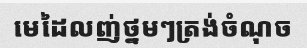
មេដៃលញ់ថ្នមៗត្រង់ចំណុច